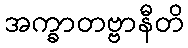
အက္ခာတဗ္ဗာနီတိ